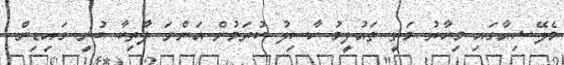
މެލޭޝިއާގައި މިހާރު މަތީ ތައުލީމު ހާސިލު ކުރަމުން އަންނަ ފާތިކާ ބުނީ ގައިޑިން